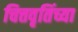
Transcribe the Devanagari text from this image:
चित्तवृतिंच्या